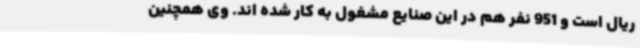
ریال است و 951 نفر هم در این صنایع مشغول به کار شده اند. وی همچنین